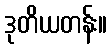
ဒုတိယတန်း။